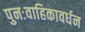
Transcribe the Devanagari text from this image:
पुनःवाहिकावर्धन